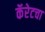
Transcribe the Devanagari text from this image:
कॅरेटचा